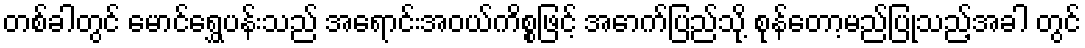
တစ်ခါတွင် မောင်ရွှေပန်းသည် အရောင်းအဝယ်ကိစ္စဖြင့် အောက်ပြည်သို့ စုန်တော့မည်ပြုသည့်အခါ တွင်